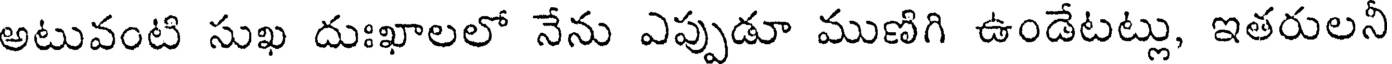
అటువంటి సుఖ దుఃఖాలలో నేను ఎప్పుడూ ముణిగి ఉండేటట్లు, ఇతరులనీ